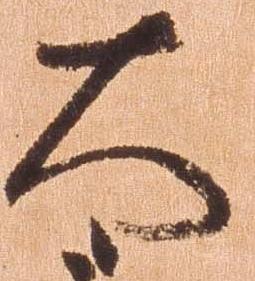
太